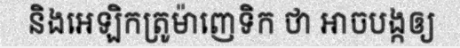
និងអេឡិកត្រូម៉ាញេទិក ថា អាចបង្កឲ្យ